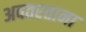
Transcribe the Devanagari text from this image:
अवतरताना